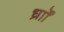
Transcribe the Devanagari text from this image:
र्ध्रााेंं